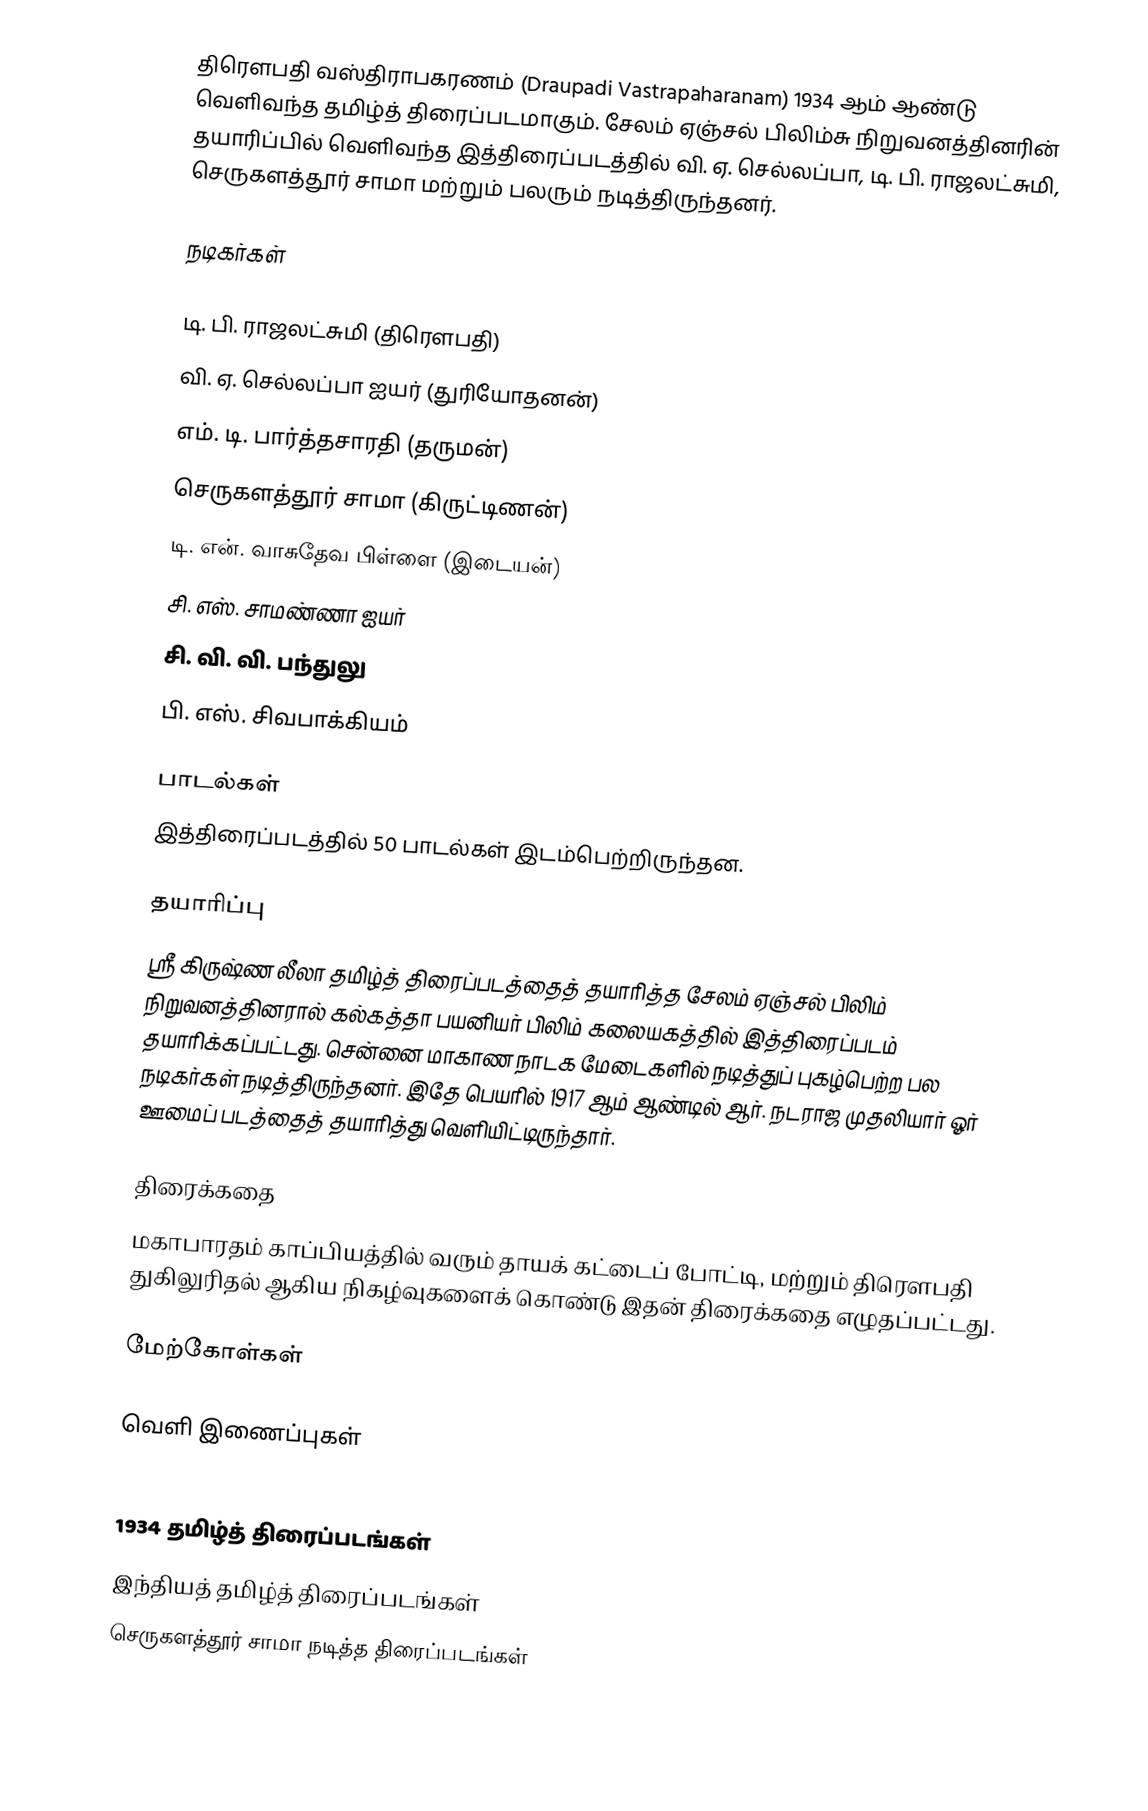
திரௌபதி வஸ்திராபகரணம் (Draupadi Vastrapaharanam) 1934 ஆம் ஆண்டு வெளிவந்த தமிழ்த் திரைப்படமாகும். சேலம் ஏஞ்சல் பிலிம்சு நிறுவனத்தினரின் தயாரிப்பில் வெளிவந்த இத்திரைப்படத்தில் வி. ஏ. செல்லப்பா, டி. பி. ராஜலட்சுமி, செருகளத்தூர் சாமா மற்றும் பலரும் நடித்திருந்தனர்.

நடிகர்கள்

 டி. பி. ராஜலட்சுமி (திரௌபதி)
 வி. ஏ. செல்லப்பா ஐயர் (துரியோதனன்)
 எம். டி. பார்த்தசாரதி (தருமன்)
 செருகளத்தூர் சாமா (கிருட்டிணன்)
 டி. என். வாசுதேவ பிள்ளை (இடையன்)
 சி. எஸ். சாமண்ணா ஐயர்
 சி. வி. வி. பந்துலு
 பி. எஸ். சிவபாக்கியம்

பாடல்கள்
இத்திரைப்படத்தில் 50 பாடல்கள் இடம்பெற்றிருந்தன.

தயாரிப்பு
ஸ்ரீ கிருஷ்ண லீலா தமிழ்த் திரைப்படத்தைத் தயாரித்த சேலம் ஏஞ்சல் பிலிம் நிறுவனத்தினரால் கல்கத்தா பயனியர் பிலிம் கலையகத்தில் இத்திரைப்படம் தயாரிக்கப்பட்டது. சென்னை மாகாண நாடக மேடைகளில் நடித்துப் புகழ்பெற்ற பல நடிகர்கள் நடித்திருந்தனர். இதே பெயரில் 1917 ஆம் ஆண்டில் ஆர். நடராஜ முதலியார் ஓர் ஊமைப் படத்தைத் தயாரித்து வெளியிட்டிருந்தார்.

திரைக்கதை
மகாபாரதம் காப்பியத்தில் வரும் தாயக் கட்டைப் போட்டி, மற்றும் திரௌபதி துகிலுரிதல் ஆகிய நிகழ்வுகளைக் கொண்டு இதன் திரைக்கதை எழுதப்பட்டது.

மேற்கோள்கள்

வெளி இணைப்புகள்

1934 தமிழ்த் திரைப்படங்கள்
இந்தியத் தமிழ்த் திரைப்படங்கள்
செருகளத்தூர் சாமா நடித்த திரைப்படங்கள்